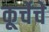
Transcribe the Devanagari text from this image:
कूर्चेचे